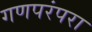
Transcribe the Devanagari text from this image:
गणपरंपरा